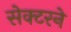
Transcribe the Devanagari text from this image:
सेक्टरने